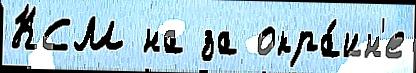
КСМ на за окра́ин'е